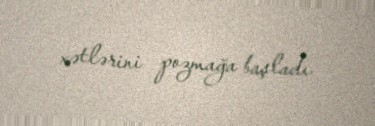
xətlərini pozmağa başladı.